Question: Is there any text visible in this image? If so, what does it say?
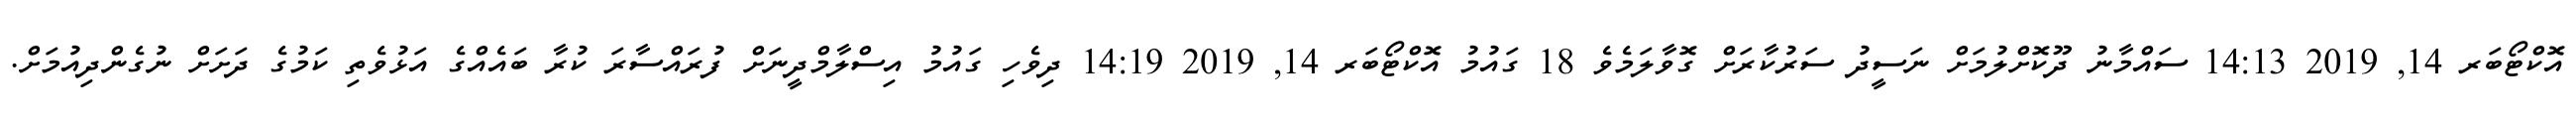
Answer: އޮކްޓޯބަރ 14, 2019 14:13 ސައްމާނު ދޫކޮށްލުމަށް ނަސީދު ސަރުކާރަށް ގޮވާލަމެވެ 18 ގައުމު އޮކްޓޯބަރ 14, 2019 14:19 ދިވެހި ގައުމު އިސްލާމްދީނަށް ފުރައްސާރަ ކުރާ ބައެއްގެ އަޅުވެތި ކަމުގެ ދަށަށް ނުގެންދިއުމަށް.